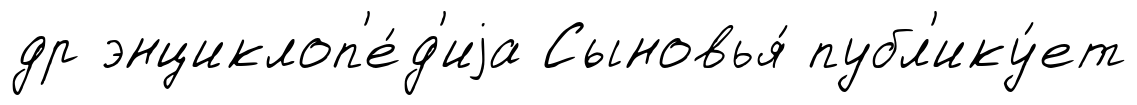
др энциклоп'е́д'иjа Сыновья́ публ'ику́ет